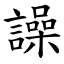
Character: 譟